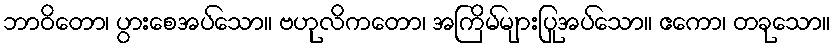
ဘာဝိတော၊ ပွားစေအပ်သော။ ဗဟုလိကတော၊ အကြိမ်များပြုအပ်သော။ ဧကော၊ တခုသော။